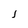
Character: J